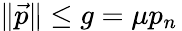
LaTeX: \| {\vec{p}}\| \leq g=\mu p_{n}\,